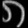
Digit: ၈